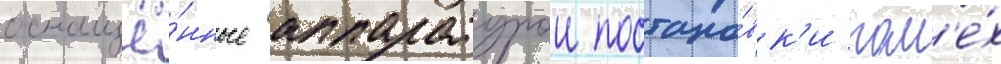
оснащё́нные аппаратурои постано́вк'и пом'е́х